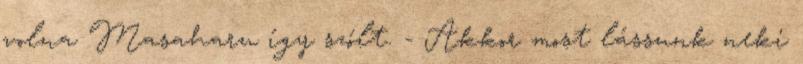
volna Masaharu így szólt. - Akkor most lássunk neki